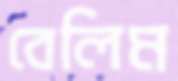
বেলিম